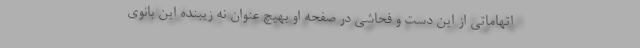
اتهاماتی از این دست و فحاشی در صفحه او بهیچ عنوان نه زیبنده این بانوی